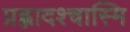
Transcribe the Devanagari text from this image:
प्रह्लादश्चास्मि